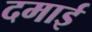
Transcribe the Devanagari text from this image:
दमाई